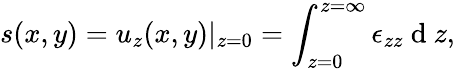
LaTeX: s(x,y)=u_{z}(x,y)|_{z=0}=\int_{z=0}^{z=\infty}\epsilon_{zz}\mathrm{~d~}z,